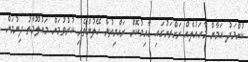
ކުށްމަދު އަމާން މާހައުލެއް ރަށްރަށުގައި ގާއިމުކޮށް ރައްޔިތުން ހޭލުންތެރި ކުރުވުމަށް މައުލޫމާތު ދިނުމަށް